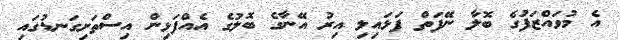
އެ މުވައްޒަފުގެ ބޮލާ ނޭފަތް ފަޅައިލި އިރު އޭނާގެ ބޮލުގެ އެއްފަޅިން އިސްތަށިގަނޑުގައި